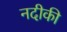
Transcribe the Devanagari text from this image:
नदीकी